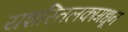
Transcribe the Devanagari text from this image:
यशस्तिलकामधून